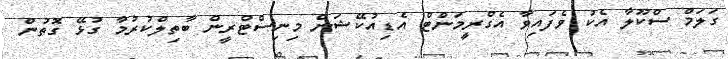
ގަލަމް ސްކޫލާ އެކު ވެފައިވާ އެގްރީމަންޓް އެޑިއުކޭޝަން މިނިސްޓްރީން ބާތިލްކުރުމާ ގުޅޭ ގޮތުން